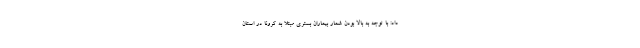
داد: با توجه به بالا بودن شمار بیماران بستری مبتلا به کرونا در استان